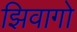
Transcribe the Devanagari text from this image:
झिवागो